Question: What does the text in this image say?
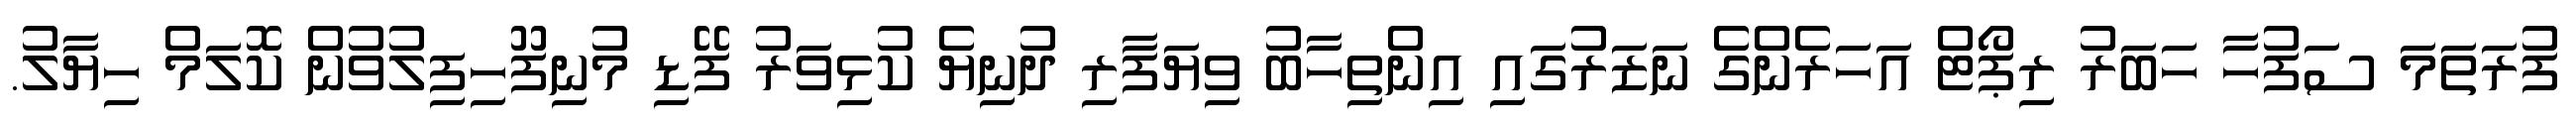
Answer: ފުރަތަމަ ސަފުހާ ހަބަރު ރިޕޯޓް އަހަރެންގެ ނަޒަރުގައި އިންތިހާބު ވިޔަފާރި ދުނިޔެ ކުޅިވަރު ފޭޑި މުނިފޫހިފިލުވުން ކޮލަމް ހިޔާލު.